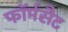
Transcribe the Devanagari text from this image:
फॉर्मसैट